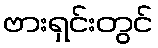
ဗားရှင်းတွင်